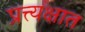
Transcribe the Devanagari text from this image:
प्रत्त्यक्षात